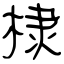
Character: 棣